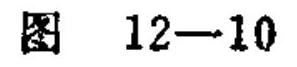
图 12—10